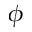
\phi